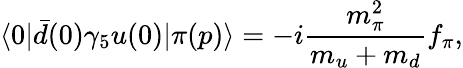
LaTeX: \langle 0|\bar{d}(0)\gamma_{5}u(0)|\pi(p)\rangle=-i\frac{m_{\pi}^{2}}{m_{u}+m_{d}}f_{\pi},